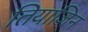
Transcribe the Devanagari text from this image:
तियाजिन